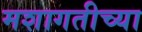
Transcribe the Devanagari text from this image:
मशागतीच्या